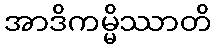
အာဒိကမ္မိဿာတိ